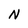
Character: N